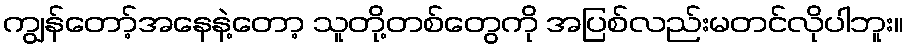
ကျွန်တော့်အနေနဲ့တော့ သူတို့တစ်တွေကို အပြစ်လည်းမတင်လိုပါဘူး။